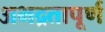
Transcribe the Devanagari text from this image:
अभद्रतापूर्ण